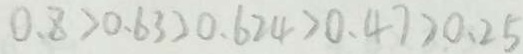
0 . 8 > 0 . 6 3 > 0 . 6 2 4 > 0 . 4 7 > 0 . 2 5